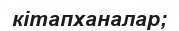
кітапханалар;